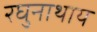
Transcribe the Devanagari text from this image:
रघुनाथाय